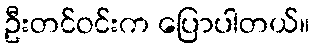
ဦးတင်ဝင်းက ပြောပါတယ်။